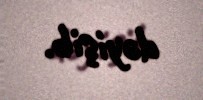
dəyişib.